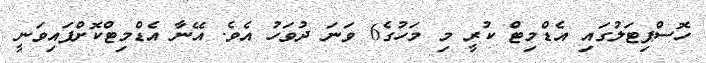
ހޮސްޕިޓަލުގައި އެޑްމިޓް ކުރީ މި މަހުގެ6 ވަނަ ދުވަހު އެެވެ. އޭނާ އެޑްމިޓްކޮށްފައިވަނީ